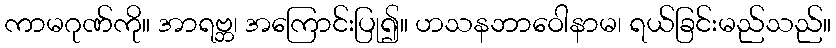
ကာမဂုဏ်ကို။ အာရဗ္ဘ၊ အကြောင်းပြု၍။ ဟသနဘာဝေါနာမ၊ ရယ်ခြင်းမည်သည်။